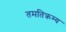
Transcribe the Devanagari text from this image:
तमतिक्रम्य